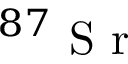
^ { 8 7 } \textrm { S r }